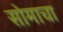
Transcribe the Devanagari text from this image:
सोमाचा